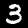
Label: 3